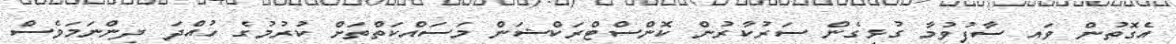
އެގޮތުން ވައި ސާފުވުމާ ގުޅިގެން ސަރުކާރުން ކޮންސްޓްރަކްޝަން މަސައްކަތްތަށް ކުރުމުގެ ހުއްދަ ދިންނަމަވެސް